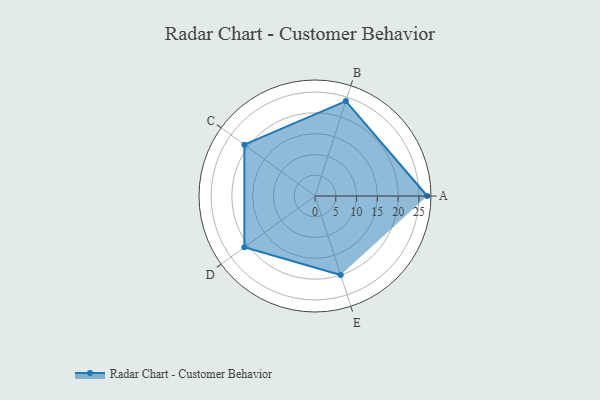
{"axis": {"x": "Skill", "y": "Score"}, "legend": ["Profile"], "data": [{"x": "A", "y": 27.0, "type": "Profile"}, {"x": "B", "y": 24.0, "type": "Profile"}, {"x": "C", "y": 21.0, "type": "Profile"}, {"x": "D", "y": 21.0, "type": "Profile"}, {"x": "E", "y": 20, "type": "Profile"}]}